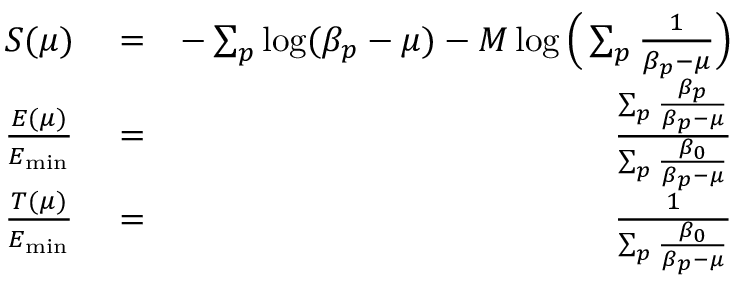
\begin{array} { r l r } { { S } ( \mu ) } & { { } = } & { - \sum _ { p } \log ( \beta _ { p } - \mu ) - M \log \Big ( \sum _ { p } \frac { 1 } { \beta _ { p } - \mu } \Big ) } \\ { \frac { E ( \mu ) } { E _ { \mathrm { m i n } } } } & { { } = } & { \frac { \sum _ { p } \frac { \beta _ { p } } { \beta _ { p } - \mu } } { \sum _ { p } \frac { \beta _ { 0 } } { \beta _ { p } - \mu } } } \\ { \frac { T ( \mu ) } { E _ { \mathrm { m i n } } } } & { { } = } & { \frac { 1 } { \sum _ { p } \frac { \beta _ { 0 } } { \beta _ { p } - \mu } } } \end{array}